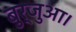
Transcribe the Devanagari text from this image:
बुर्जुआ।